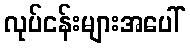
လုပ်ငန်းများအပေါ်